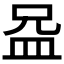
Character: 𪾍